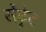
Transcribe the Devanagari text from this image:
सेंट्रेट